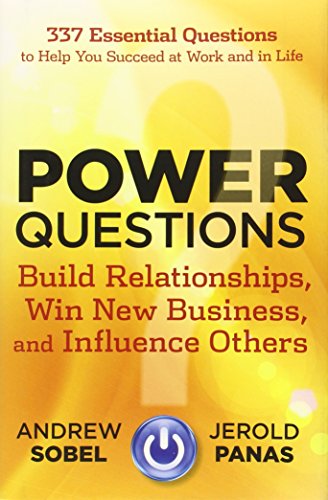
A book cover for Power Questions: Build Relationships, Win New Business, and Influence Others; Andrew Sobel; Business & Money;